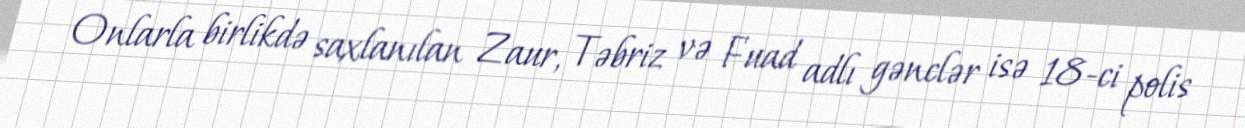
Onlarla birlikdə saxlanılan Zaur, Təbriz və Fuad adlı gənclər isə 18-ci polis